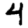
Digit: 4